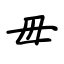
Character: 毋